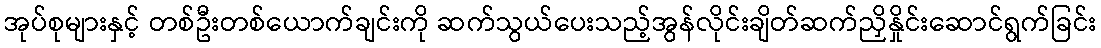
အုပ်စုများနှင့် တစ်ဦးတစ်ယောက်ချင်းကို ဆက်သွယ်ပေးသည့်အွန်လိုင်းချိတ်ဆက်ညှိနှိုင်းဆောင်ရွက်ခြင်း